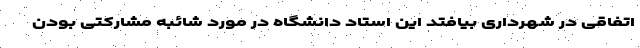
اتفاقی در شهرداری بیافتد این استاد دانشگاه در مورد شائبه مشارکتی بودن